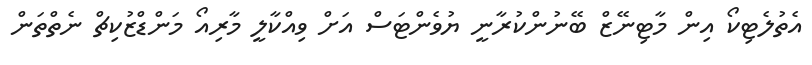
އެތުލެޓިކޯ އިން މާޓިނޭޒް ބޭނުންކުރާނީ ޔުވެންޓަސް އަށް ވިއްކާލީ މާރިއޯ މަންޑްޒުކިޗް ނެތްތަން